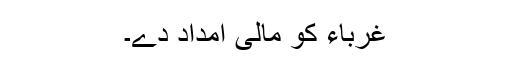
غرباء کو مالی امداد دے۔